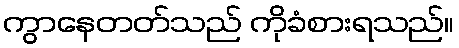
ကွာနေတတ်သည် ကိုခံစားရသည်။